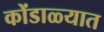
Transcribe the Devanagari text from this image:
कोंडाळ्यात